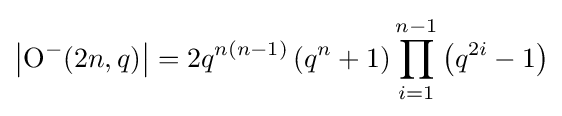
\left|\operatorname {O} ^{-}(2n,q)\right|=2q^{n(n-1)}\left(q^{n}+1\right)\prod _{i=1}^{n-1}\left(q^{2i}-1\right)